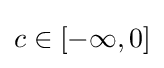
c\in [-\infty ,0]